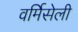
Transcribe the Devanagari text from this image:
वर्मिसेली